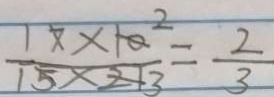
\frac { 1 7 \times 1 0 ^ { 2 } } { 1 5 \times 2 1 3 } = \frac { 2 } { 3 }